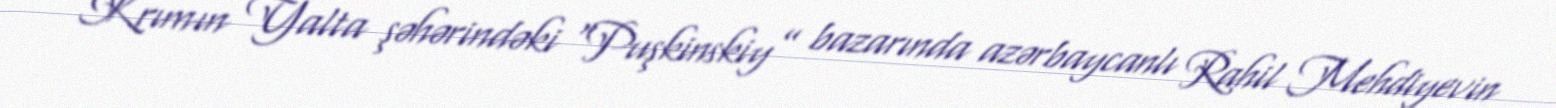
Krımın Yalta şəhərindəki “Puşkinskiy” bazarında azərbaycanlı Rahil Mehdiyevin